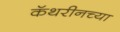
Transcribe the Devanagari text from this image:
कॅथरीनच्या